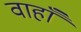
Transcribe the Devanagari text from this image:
वाहाँ